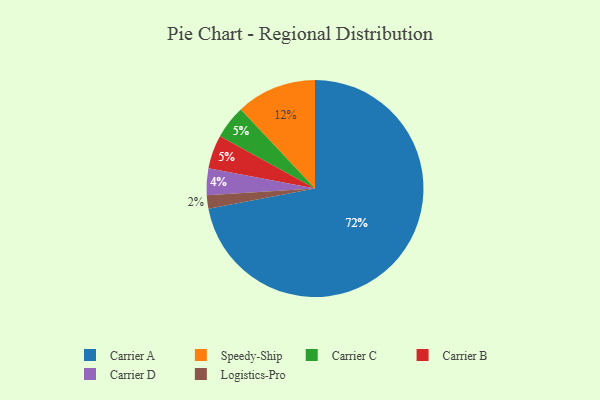
{"axis": {"x": "Category", "y": "Percentage"}, "legend": ["Carrier A", "Carrier B", "Carrier C", "Carrier D", "Logistics-Pro", "Speedy-Ship"], "data": [{"x": "Carrier C", "y": 5, "type": "Carrier C"}, {"x": "Carrier B", "y": 5, "type": "Carrier B"}, {"x": "Carrier A", "y": 72, "type": "Carrier A"}, {"x": "Speedy-Ship", "y": 12, "type": "Speedy-Ship"}, {"x": "Logistics-Pro", "y": 2, "type": "Logistics-Pro"}, {"x": "Carrier D", "y": 4, "type": "Carrier D"}]}